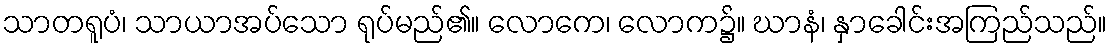
သာတရူပံ၊ သာယာအပ်သော ရုပ်မည်၏။ လောကေ၊ လောက၌။ ဃာနံ၊ နှာခေါင်းအကြည်သည်။